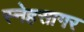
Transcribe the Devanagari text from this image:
स्नेहसागर